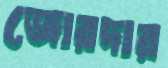
জোরদার